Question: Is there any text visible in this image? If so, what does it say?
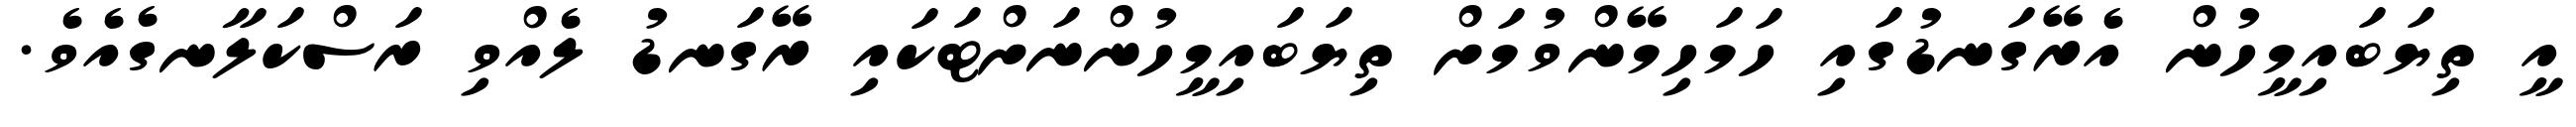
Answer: އީ ތިޔަބައިމީހުން އެރޭގަނޑުގައި ހަމަހިމޭންވުމަށް ތިޔަބައިމީހުންނަށްޓަކައި ރޭގަނޑު ލެއްވި ރަސްކަލާނގެއެވެ.